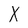
Character: X